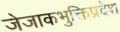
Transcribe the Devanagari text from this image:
जेजाकभुक्तिप्रदेश